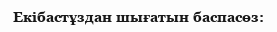
Екiбастұздан шығатын баспасөз: